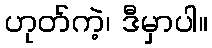
ဟုတ်ကဲ့၊ ဒီမှာပါ။